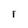
Character: I